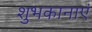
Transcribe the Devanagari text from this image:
शुभकानाएं